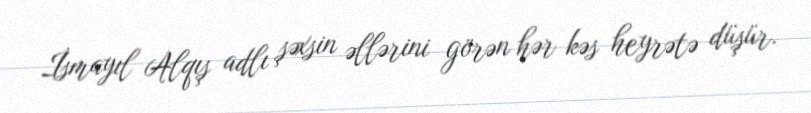
İsmayıl Alqış adlı şəxsin əllərini görən hər kəs heyrətə düşür.